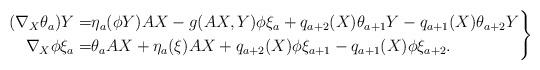
LaTeX: \begin{align*}\left.\begin{aligned}(\nabla_X\theta_a)Y=&\eta_a(\phi Y)AX-g(AX,Y)\phi\xi_a+q_{a+2}(X)\theta_{a+1}Y-q_{a+1}(X)\theta_{a+2}Y \\\nabla_X\phi\xi_a=&\theta_aAX+\eta_a(\xi)AX+q_{a+2}(X)\phi\xi_{a+1} - q_{a+1}(X)\phi\xi_{a+2}. \end{aligned}\right\}\end{align*}